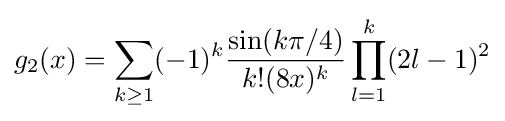
g_{2}(x)=\sum _{k\geq 1}(-1)^{k}{\frac {\sin(k\pi /4)}{k!(8x)^{k}}}\prod _{l=1}^{k}(2l-1)^{2}